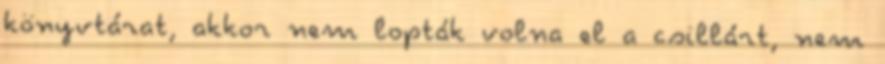
könyvtárat, akkor nem lopták volna el a csillárt, nem